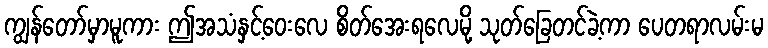
ကျွန်တော်မှာမူကား ဤအသံနှင့်ဝေးလေ စိတ်အေးရလေမို့ သုတ်ခြေတင်ခဲ့ကာ ပေတရာလမ်းမ